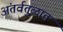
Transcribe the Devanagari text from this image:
अंतर्वतुळात